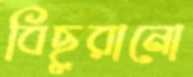
বিছুরানো